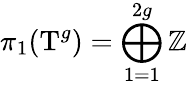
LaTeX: \pi_{1}(\mathrm{T}^{g})=\bigoplus_{1=1}^{2g}\mathbb{Z}